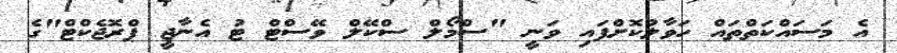
އެ މަސައްކަތްތައް ހަވާލުކޮށްފައި ވަނީ "ސްމޯލް ސްކޭލް ވޭސްޓް ޓު އެނާޖީ ޕްރޮޖެކްޓް"ގެ